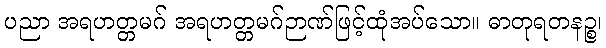
ပညာ အရဟတ္တမဂ် အရဟတ္တမဂ်ဉာဏ်ဖြင့်ထုံအပ်သော။ ဓာတုရတနဉ္စ၊